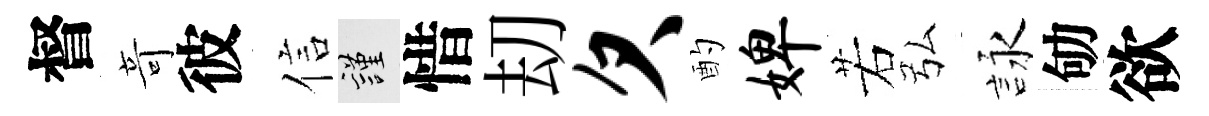
督竒彼信謹惜刧欠酌婢若弘詠劬欲